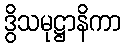
ဒွိသမုဋ္ဌာနိကာ